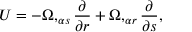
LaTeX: { \cal U } = - \Omega , _ { \alpha s } { \frac { \partial } { \partial r } } + \Omega , _ { \alpha r } { \frac { \partial } { \partial s } } ,